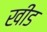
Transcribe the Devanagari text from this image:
खीड